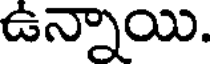
ఉన్నాయి.